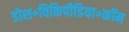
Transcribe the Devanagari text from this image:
डोश॰विकिपीडिया॰कॉम